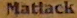
Matlack